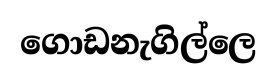
ගොඩනැගිල්ලෙ